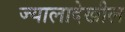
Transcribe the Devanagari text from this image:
ज्यालादेखील